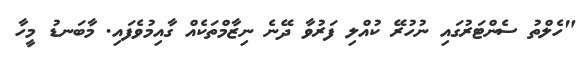
"ހެލްތު ސެންޓަރުގައި ނުހުރޭ ކުއްލި ފަރުވާ ދޭނެ ނިޒާމްތަކެއް ގާއިމުވެފައި. މާބަނޑު މީހާ